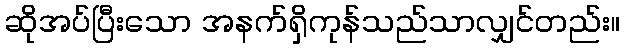
ဆိုအပ်ပြီးသော အနက်ရှိကုန်သည်သာလျှင်တည်း။